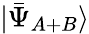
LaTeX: |{\bar{\Psi}}_{A+B}\rangle